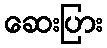
ဆေးပြား